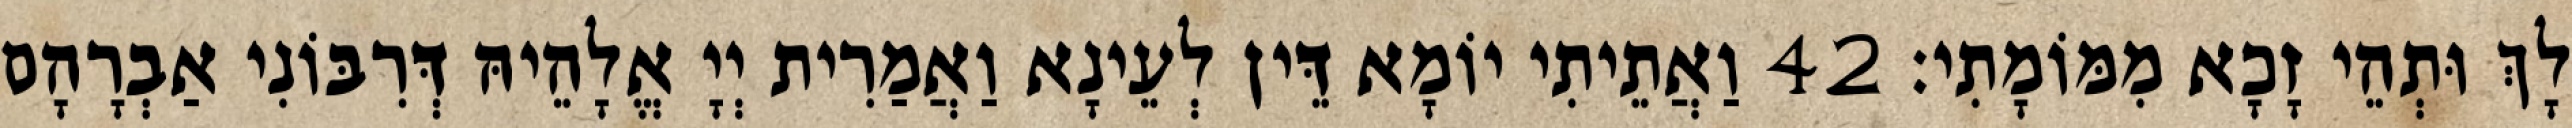
לָךְ וּתְהֵי זָכָא מִמּוֹמָתִי׃ 42 וַאֲתֵיתִי יוֹמָא דֵּין לְעֵינָא וַאֲמַרִית יְיָ אֱלָהֵיהּ דְּרִבּוֹנִי אַבְרָהָם